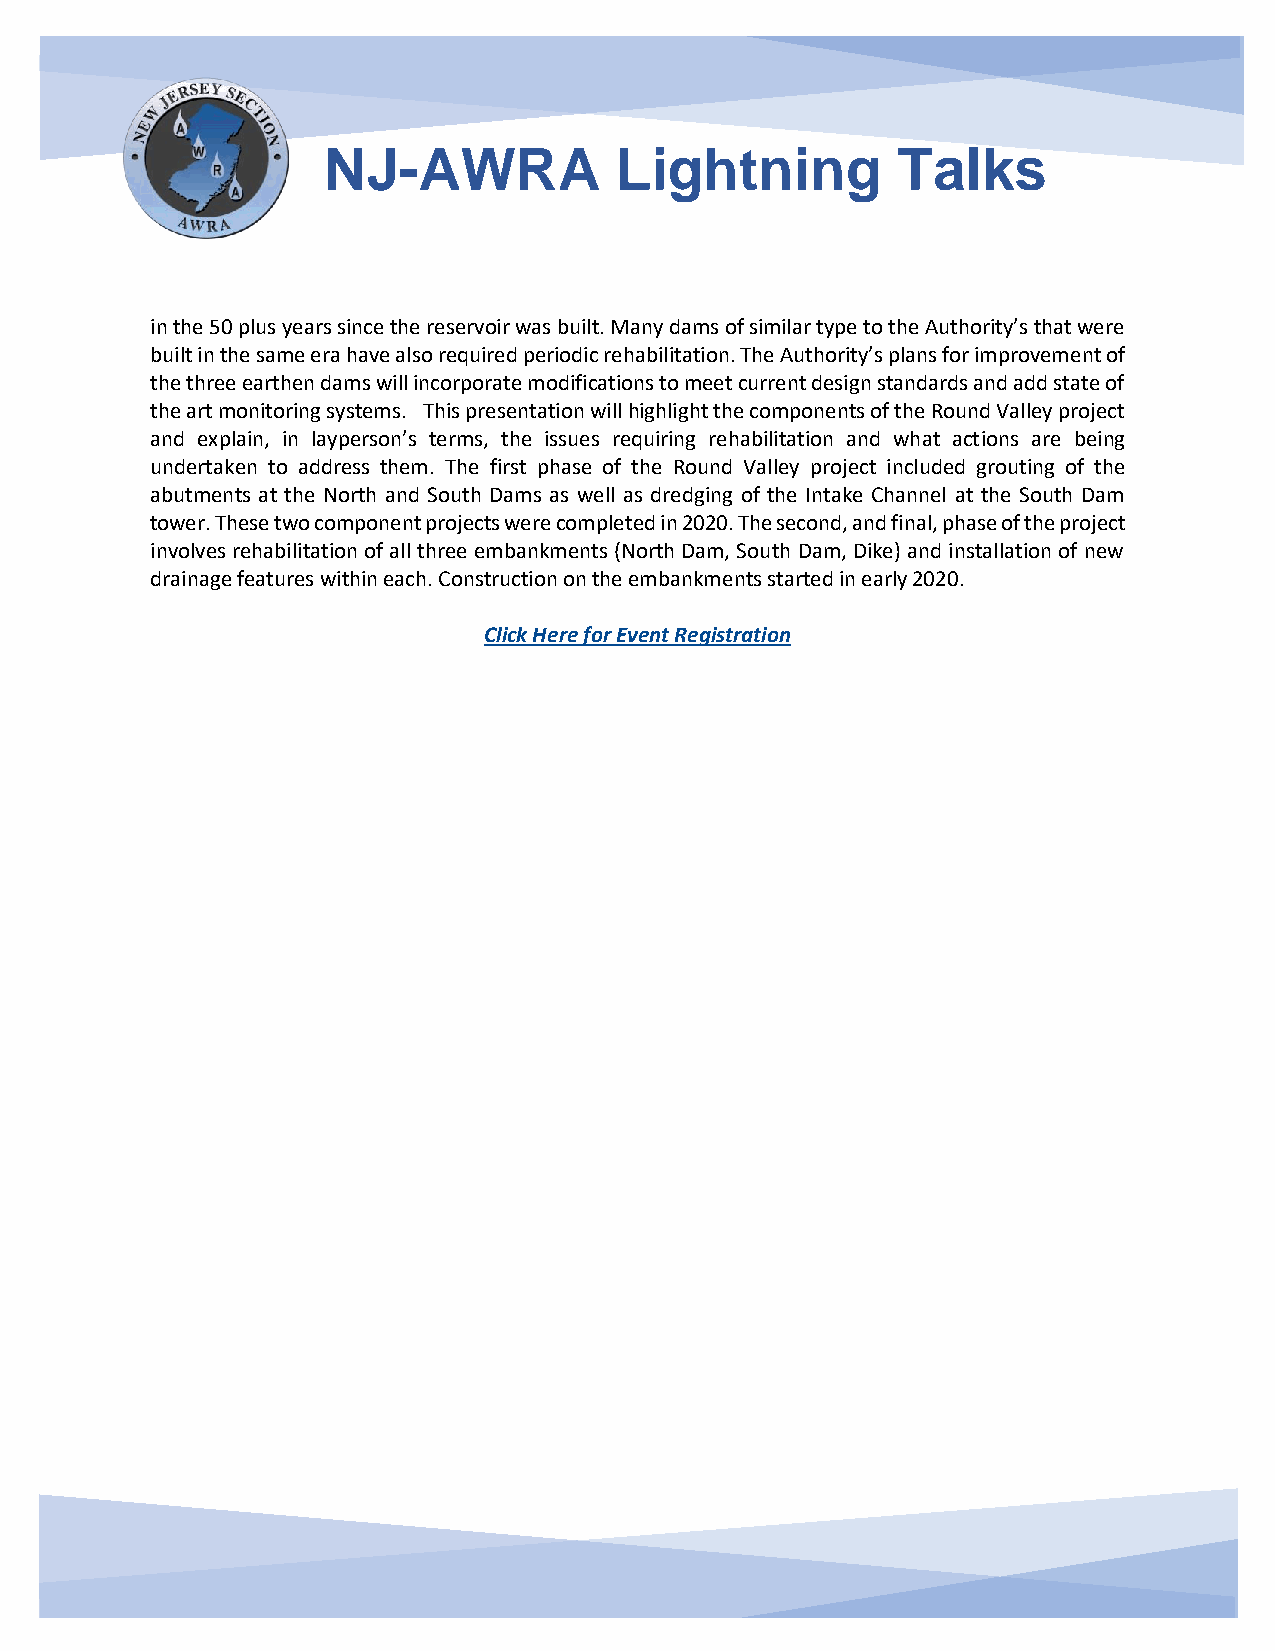
NJ-AWRA             Lightning         Talks
 in the 50 plus years since the reservoir was built. Many dams of similar type to the Authority’s that were
 built in the same era have also required periodic rehabilitation. The Authority’s plans for improvement of
 the three earthen dams will incorporate modifications to meet current design standards and add state of
 the art monitoring systems. This presentation will highlight the components of the Round Valley project
 and explain, in layperson’s terms, the issues requiring rehabilitation and what actions are being
 undertaken to address them. The first phase of the Round Valley project included grouting of the
 abutments at the North and South Dams as well as dredging of the Intake Channel at the South Dam
 tower. These two component projects were completed in 2020. The second, and final, phase of the project
 involves rehabilitation of all three embankments (North Dam, South Dam, Dike) and installation of new
 drainage features within each. Construction on the embankments started in early 2020.
 Click Here for Event Registration